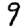
Digit: 9